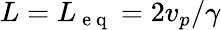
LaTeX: L=L_{\mathrm{~e~q~}}=2v_{p}/\gamma